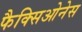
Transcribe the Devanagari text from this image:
फैक्सिओनेस